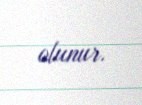
olunur.